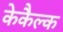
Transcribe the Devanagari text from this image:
केकैल्क